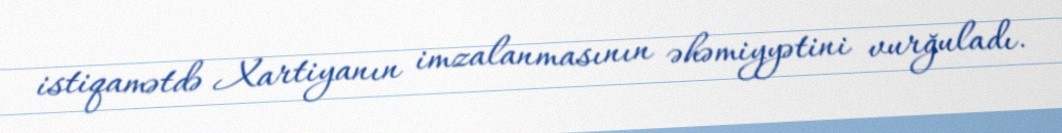
istiqamətdə Xartiyanın imzalanmasının əhəmiyyətini vurğuladı.